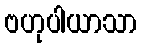
ဗဟုပါယာသာ